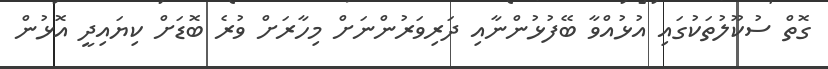
ގޮތް ސުކޫލުތަކުގައި އުޅުއްވާ ބޭފުޅުންނާއި ދަރިވަރުންނަށް މިހާރަށް ވުރެ ބޮޑަށް ކިޔައިދީ އޮޅުން